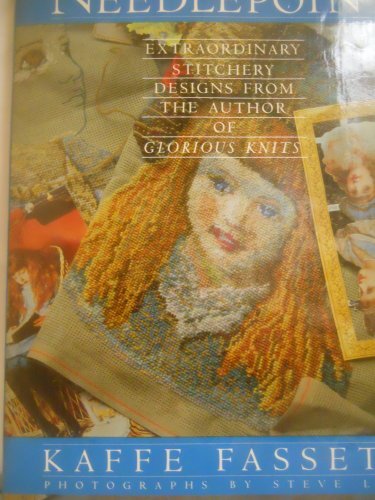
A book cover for Glorious Needlepoint: Extraordinary Stitchery Designs from the Author of Glorious Knits; Kaffe Fassett; Crafts, Hobbies & Home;